Report on vaccination in Madras 1922-1929 - 1922-1929
Year: 1922
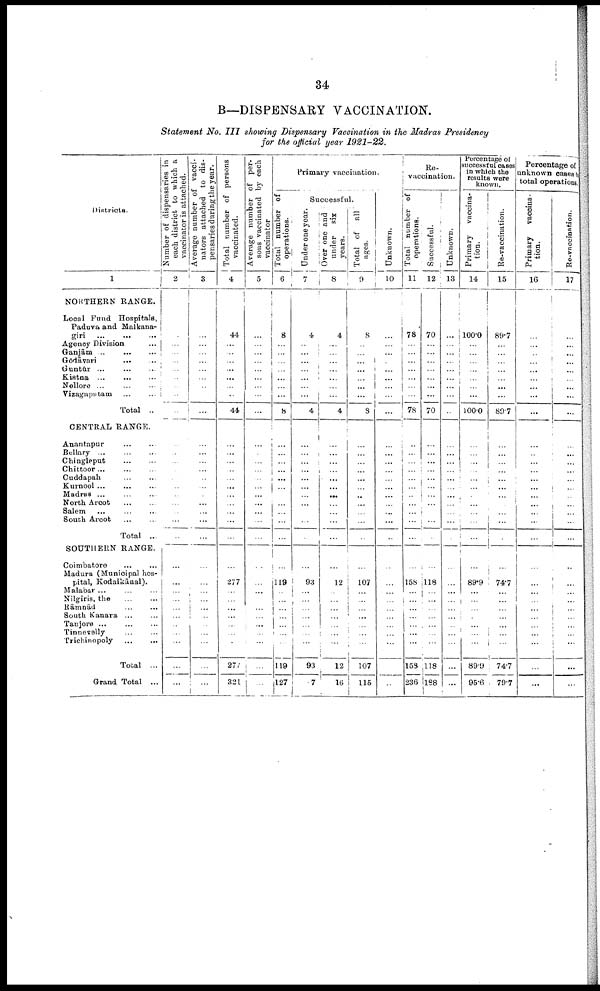
34
B—DISPENSARY VACCINATION.
Statement No. III showing Dispensary Vaccination in the Madras Presidency
for the official year 1921-22.
Districts.
1
NORTHERN RANGE.
Local Fund Hospitals,
Paduva and Malkana¬
giri
...
...
...
Agency Division ...
Ganjām ...
...
...
Gōdāvari ... ...
Guntūr ... ... ...
Kistna ...
...
...
Nellore ... ... ...
Vizagaputam ...
...
Total ..
CENTRAL RANGE.
Anantapur
...
...
Bellary ...
...
...
Chingleput
...
...
Chittoor
...
...
...
Cuddapah
...
...
Kurnool ...
...
...
Madras ... ... ...
North Arcot
...
...
Salem ... ... ...
South Arcot
...
...
Total ...
SOUTHERN RANGE.
Coimbatore ... ...
Madura (Municipal hos
pital, Kodaikāual).
Malabar ... ... ...
Nilgiris, the ... ...
Rāmnād
...
...
South Kanara ... ...
Tanjore ...
...
...
Tinnevelly
...
...
Trichinopoly
...
...
Total ...
Grand Total ...
Number of dispensaries in
each district to which a
vaccinator is attached.
2
...
...
...
...
...
...
...
...
...
...
...
...
...
...
...
...
...
...
...
...
...
...
...
...
...
...
...
...
...
...
...
Average number of vacci
nators attached to dis
pensaries during the year.
3
...
...
...
...
...
...
...
...
...
...
...
...
...
...
...
...
...
...
...
...
...
...
...
...
...
...
...
...
...
...
...
Total number of persons
vaccinated.
4
44
...
...
...
...
...
...
...
44
...
...
...
...
...
...
...
...
...
...
...
...
277
...
...
...
...
...
...
...
277
321
Average number of per
sons vaccinated by each
vaccinator
5
...
...
...
...
...
...
...
...
...
...
...
...
...
...
...
...
...
...
...
...
...
...
...
...
...
...
...
...
...
...
...
Primary vaccination.
Total number of
operations.
6
8
...
...
...
...
...
...
...
8
...
...
...
...
...
...
...
...
...
...
...
...
119
...
...
...
...
...
...
...
119
127
Successful.
Under one year.
7
4
...
...
...
...
...
...
...
4
...
...
...
...
...
...
...
...
...
...
...
...
93
...
...
...
...
...
...
...
93
7
Over one and
under
six
years.
8
4
...
...
...
...
...
...
...
4
...
...
...
...
...
...
...
...
...
...
...
...
12
...
...
...
...
...
...
...
12
16
Total of all
ages.
9
8
...
...
...
...
...
...
...
8
...
...
...
...
...
...
...
...
...
...
...
...
107
...
...
...
...
...
...
...
107
115
Unknown.
10
...
...
...
...
...
...
...
...
...
...
...
...
...
...
...
...
...
...
...
...
...
...
...
...
...
...
...
...
...
...
...
Re¬
vaccination.
Total number of
operations.
11
78
...
...
...
...
...
...
...
78
...
...
...
...
...
...
...
...
...
...
...
...
158
...
...
...
...
...
...
...
158
236
Successful.
12
70
...
...
...
...
...
...
...
70
...
...
...
...
...
...
...
...
...
...
...
...
118
...
...
...
...
...
...
...
118
188
Unknown.
13
...
...
...
...
...
...
...
...
...
...
...
...
...
...
...
...
...
...
...
...
...
...
...
...
...
...
...
...
...
...
...
Percentage of
successful cases
in which the
results were
known.
Primary vaccina
tion.
14
100.0
...
...
...
...
...
...
...
100.0
...
...
...
...
...
...
...
...
...
...
...
...
89.9
...
...
...
...
...
...
...
89.9
95.6
Re-vaccination.
15
89.7
...
...
...
...
...
...
...
89.7
...
...
...
...
...
...
...
...
...
...
...
...
74.7
...
...
...
...
...
...
...
74.7
79.7
Percentage of
unknown cases t o
total operations.
Primary vaccina
tion.
16
...
...
...
...
...
...
...
...
...
...
...
...
...
...
...
...
...
...
...
...
...
...
...
...
...
...
...
...
...
...
...
Re-vaccination.
17
...
...
...
...
...
...
...
...
...
...
...
...
...
...
...
...
...
...
...
...
...
...
...
...
...
...
...
...
...
...
...